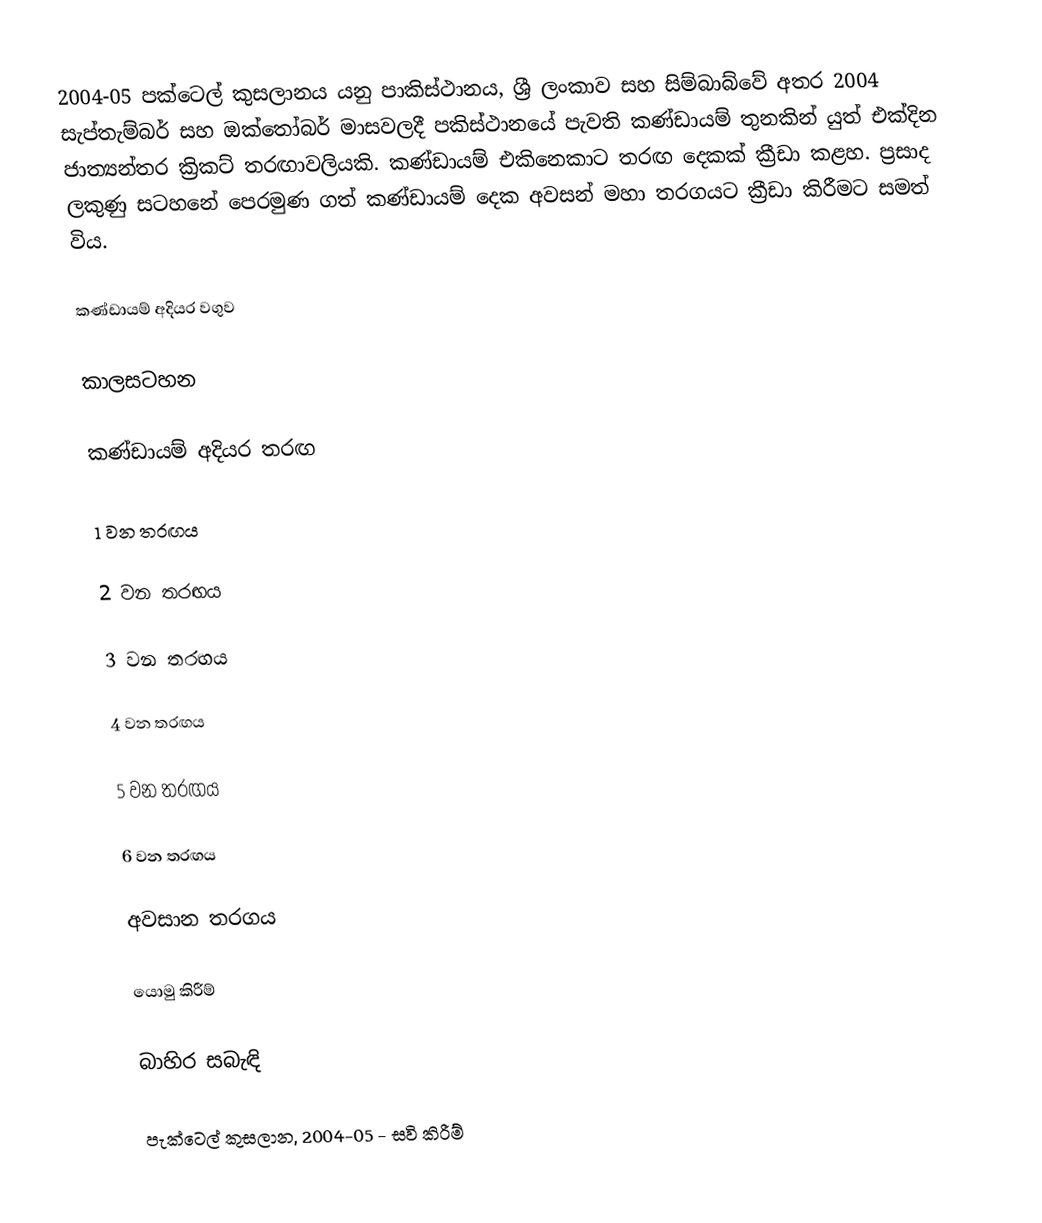
2004-05 පක්ටෙල් කුසලානය යනු පාකිස්ථානය, ශ්‍රී ලංකාව සහ සිම්බාබ්වේ අතර 2004 සැප්තැම්බර් සහ ඔක්තෝබර් මාසවලදී පකිස්ථානයේ පැවති කණ්ඩායම් තුනකින් යුත් එක්දින ජාත්‍යන්තර ක්‍රිකට් තරඟාවලියකි.  කණ්ඩායම් එකිනෙකාට තරඟ දෙකක් ක්‍රීඩා කළහ.  ප්‍රසාද ලකුණු සටහනේ පෙරමුණ ගත් කණ්ඩායම් දෙක අවසන් මහා තරගයට ක්‍රීඩා කිරීමට සමත් විය.

කණ්ඩායම් අදියර වගුව

කාලසටහන

කණ්ඩායම් අදියර තරඟ

1 වන තරඟය

2 වන තරඟය

3 වන තරඟය

4 වන තරඟය

5 වන තරඟය

6 වන තරඟය

අවසාන තරගය

යොමු කිරීම්

බාහිර සබැඳි

 පැක්ටෙල් කුසලාන, 2004-05 - සවි කිරීම්